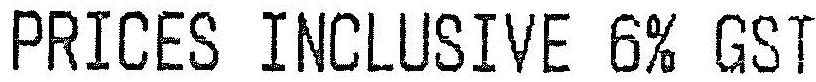
PRICES INCLUSIVE 6% GST